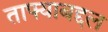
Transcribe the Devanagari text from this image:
ताफ्याबद्दल